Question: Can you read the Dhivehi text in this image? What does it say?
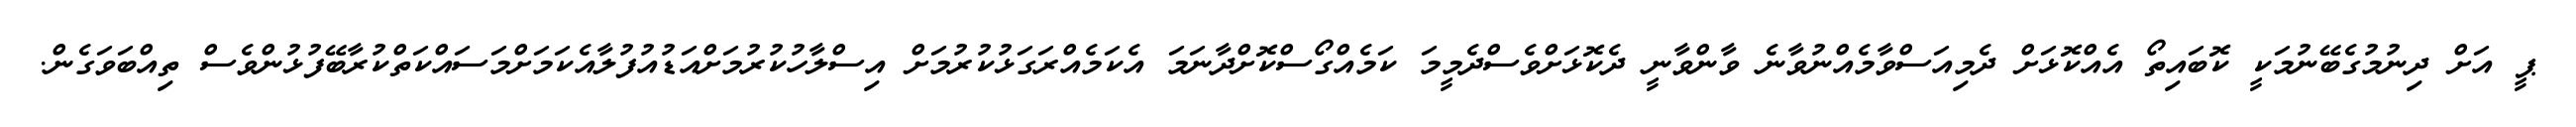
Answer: ޕީ އަށް ދިނުމުގެބޭނުމަކީ ކޮބައިތޯ އެއްކޮޅަށް ދެމިއަސްވާމެއްނުވާނެ ވާންވާނީ ދެކޮޅަށްވެސްދެމީމަ ކަމެއްގޯސްކޮށްދާނަމަ އެކަމެއްރަގަޅުކުރުމަށް އިސްލާހުކުރުމަށްއަޑުއުފުލާއެކަމަށްމަސައްކަތްކުރާބޭފުޅުންވެސް ތިއްބަވަގެން.